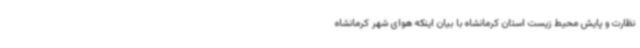
نظارت و پایش محیط زیست استان کرمانشاه با بیان اینکه هوای شهر کرمانشاه